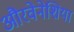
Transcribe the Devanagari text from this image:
औरवेनेशिया